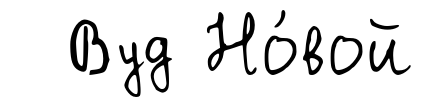
Вуд Но́вой